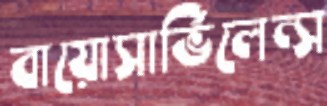
বায়োসার্ভিলেন্স